Scottish Leaving Certificate Examination, 1961
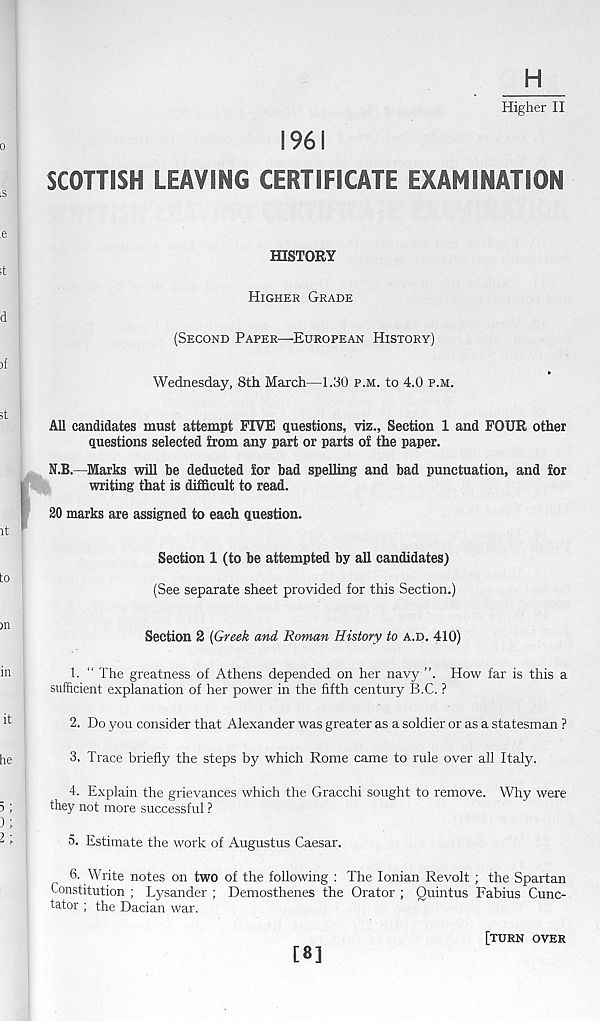
H
Higher II
1961
SCOTTISH LEAVING CERTIFICATE EXAMINATION
HISTORY
HIGHER GRADE
(SECOND PAPER—EUROPEAN HISTORY)
Wednesday, 8th March—1.30 P.M. to 4.0 P.M.
All candidates must attempt FIVE questions, viz., Section 1 and FOUR other
questions selected from any part or parts of the paper.
N.B.—Marks will be deducted for bad spelling and bad punctuation, and for
writing that is difficult to read.
20 marks are assigned to each question.
Section 1 (to be attempted by all candidates)
(See separate sheet provided for this Section.)
Section 2 {Greek and Roman History to A.D. 410)
1. “ The greatness of Athens depended on her navy ”. How far is this a
sufficient explanation of her power in the fifth century B.C. ?
2. Do you consider that Alexander was greater as a soldier or as a statesman ?
3. Trace briefly the steps by which Rome came to rule over all Italy.
4. Explain the grievances which the Gracchi sought to remove. Why were
they not more successful ?
5. Estimate the work of Augustus Caesar.
6. Write notes on two of the following : The Ionian Revolt ; the Spartan
Constitution ; Lysander ; Demosthenes the Orator ; Quintus Fabius Cunc-
tator ; the Dacian war.
[8]
[TURN OVER